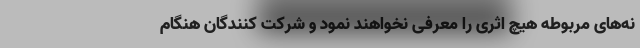
نه‌های مربوطه هیچ اثری را معرفی نخواهند نمود و شرکت کنندگان هنگام